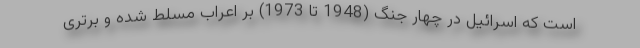
است که اسرائیل در چهار جنگ (1948 تا 1973) بر اعراب مسلط شده و برتری